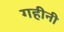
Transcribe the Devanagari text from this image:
गहीनी